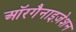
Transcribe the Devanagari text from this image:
ऑरगैनाइज़ेशन